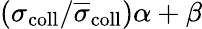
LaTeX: (\sigma_{\mathrm{coll}}/\overline{{\sigma}}_{\mathrm{coll}})\alpha+\beta